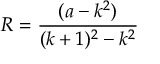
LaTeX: R = { \frac { ( a - k ^ { 2 } ) } { ( k + 1 ) ^ { 2 } - k ^ { 2 } } }